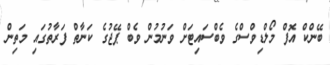
ބޭންކް އޮފް މޯލްޑިވްސްގެ ވެބްސައިޓަށް ވަނުމުން ވެބް ޕޭޖުގެ ކަނާތް ފަރާތުގައި މަތިން